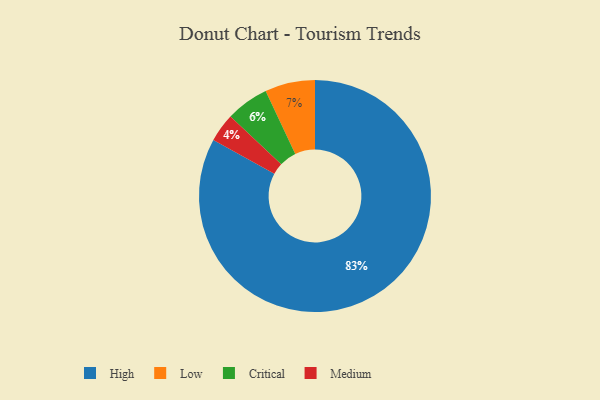
{"axis": {"x": "Category", "y": "Percentage"}, "legend": ["Critical", "High", "Low", "Medium"], "data": [{"x": "High", "y": 83, "type": "High"}, {"x": "Medium", "y": 4, "type": "Medium"}, {"x": "Critical", "y": 6, "type": "Critical"}, {"x": "Low", "y": 7, "type": "Low"}]}